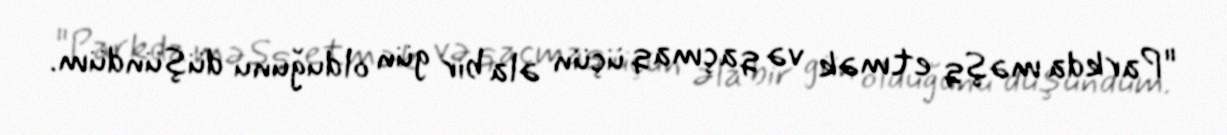
"Parkda məşq etmək və qaçmaq üçün əla bir gün olduğunu düşündüm.